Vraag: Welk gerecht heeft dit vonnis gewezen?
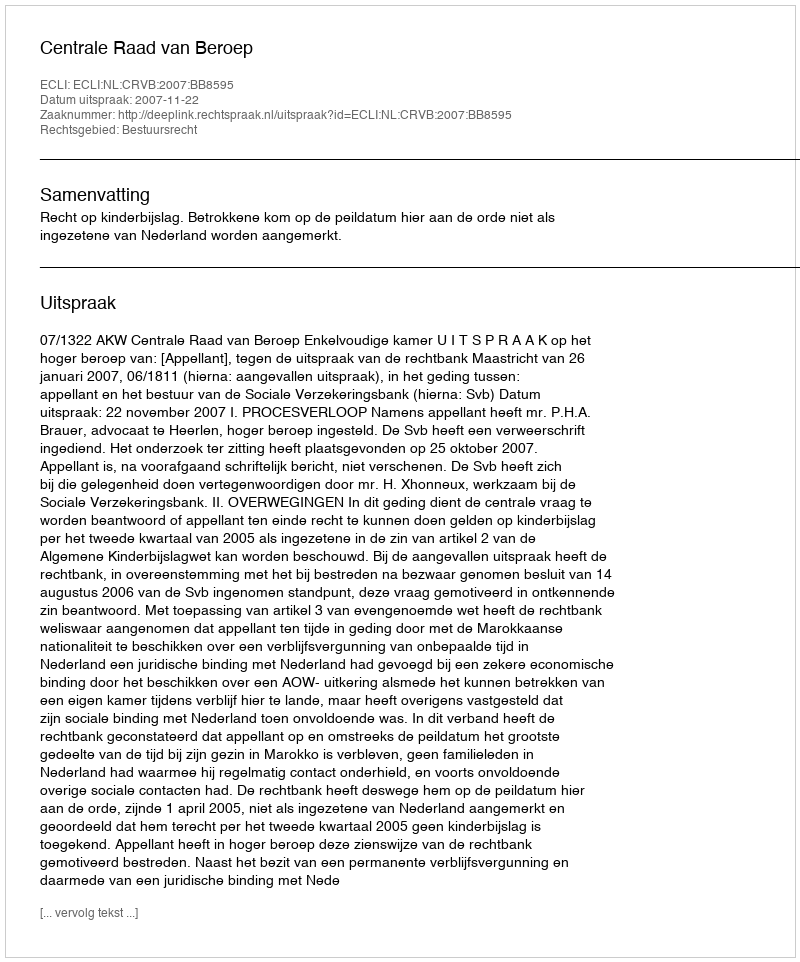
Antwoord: Centrale Raad van Beroep